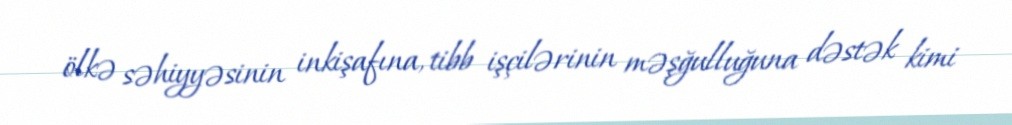
ölkə səhiyyəsinin inkişafına, tibb işçilərinin məşğulluğuna dəstək kimi